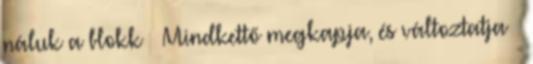
náluk a blokk – Mindkettő megkapja, és változtatja –